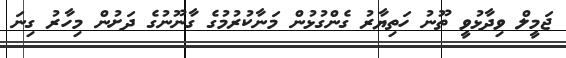
ޖަމީލް ވިދާޅުވީ ތޫނު ހަތިޔާރު ގެންގުޅުން މަނާކުރުމުގެ ގާނޫނުގެ ދަށުން މިހާރު ގިނަ